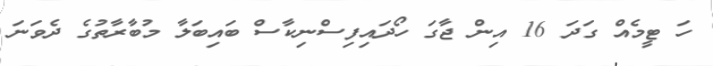
ހަ ޓީމެއް ގަދަ 16 އިން ޖާގަ ހޯދައިފިސްނިކާސް ބައިބަލާ މުބާރާތުގެ ދެވަނަ